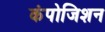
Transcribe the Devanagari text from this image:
कंपोजिशन